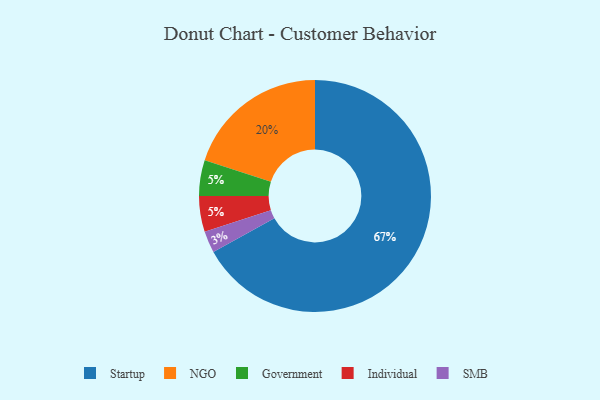
{"axis": {"x": "Category", "y": "Percentage"}, "legend": ["Government", "Individual", "NGO", "SMB", "Startup"], "data": [{"x": "NGO", "y": 20, "type": "NGO"}, {"x": "Startup", "y": 67, "type": "Startup"}, {"x": "SMB", "y": 3, "type": "SMB"}, {"x": "Government", "y": 5, "type": "Government"}, {"x": "Individual", "y": 5, "type": "Individual"}]}